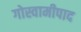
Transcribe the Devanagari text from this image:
गोस्वामीपाद